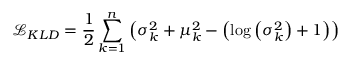
\mathcal { L } _ { K L D } = \frac { 1 } { 2 } \sum _ { k = 1 } ^ { n } \left( \sigma _ { k } ^ { 2 } + \mu _ { k } ^ { 2 } - \left( \log \left( \sigma _ { k } ^ { 2 } \right) + 1 \right) \right)